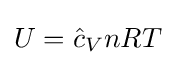
U={\hat {c}}_{V}nRT